Note on the mental hospitals in Burma - 1925-1940
Year: 1925
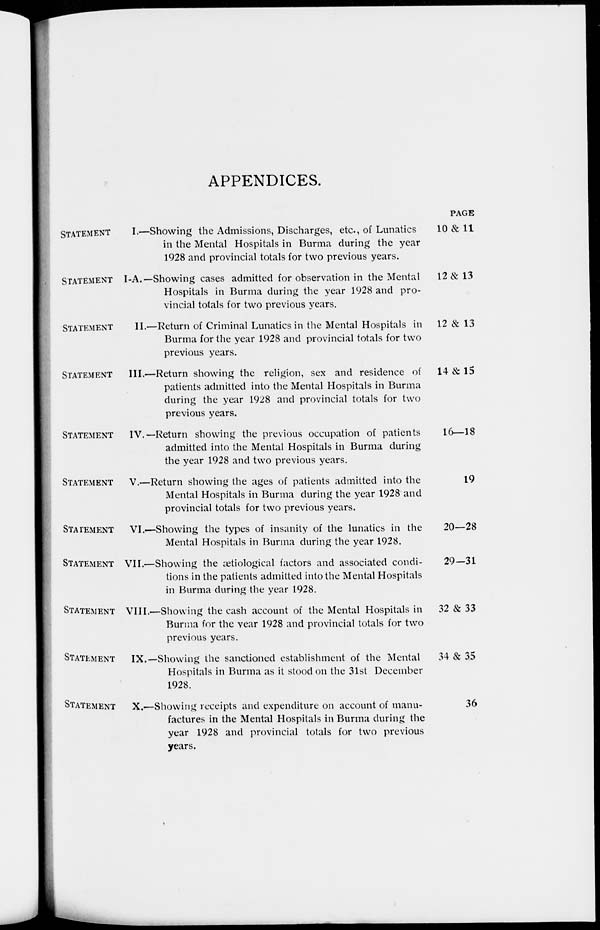
APPENDICES.
STATEMENT
I.—Showing the Admissions, Discharges, etc., of Lunatics
in the Mental Hospitals in Burma during the year
1928 and provincial totals for two previous years.
STATEMENT I-A.— Showing cases admitted for observation in the Mental
Hospitals in Burma during the year 1928 and pro-
vincial totals for two previous years.
STATEMENY
II.—Return of Criminal Lunatics in the Mental Hospitals in
Burma for the year 1928 and provincial totals for two
previous years.
STATEMENT
III.—Return showing the religion, sex and residence of
patients admitted into the Mental Hospitals in Burma
during the year 1928 and provincial totals for two
previous years.
STATEMENT
IV.—Return showing the previous occupation of patients
admitted into the Mental Hospitals in Burma during
the year 1928 and two previous years.
STATEMENT
V.—Return showing the ages of patients admitted into the
Mental Hospitals in Burma during the year 1928 and
provincial totals for two previous years.
STATEMENT
VI.—Showing the types of insanity of the lunatics in the
Mental Hospitals in Burma during the year 1928.
STATEMENT VII.—Showing the ætiological factors and associated condi-
tions in the patients admitted into the Mental Hospitals
in Burma during the year 1928.
STATEMENT VIII.—Showing the cash account of the Mental Hospitals in
Burma for the year 1928 and provincial totals for two
previous years.
STATEMENT
IX.—Showing the sanctioned establishment of the Mental
Hospitals in Burma as it stood on the 31st December
1928.
STATEMENT
X.—Showing receipts and expenditure on account of manu-
factures in the Mental Hospitals in Burma during the
year 1928 and provincial totals for two previous
years.
PAGE
10 & 11
12 & 13
12 & 13
14&15
16—18
19
20—28
29-31
32 & 33
34 & 35
36